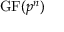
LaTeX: \mathrm { G F } ( p ^ { n } )